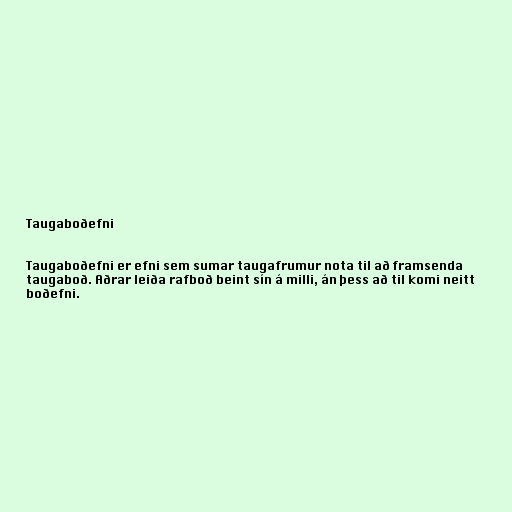
Taugaboðefni

Taugaboðefni er efni sem sumar taugafrumur nota til að framsenda
taugaboð. Aðrar leiða rafboð beint sín á milli, án þess að til komi neitt
boðefni.